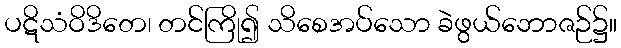
ပဋိသံဝိဒိတေ၊ တင်ကြို၍ သိစေအပ်သော ခဲဖွယ်ဘောဇဉ်၌။